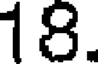
18.